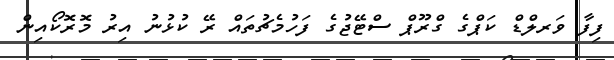
ފިފާ ވަރލްޑް ކަޕްގެ ގްރޫޕް ސްޓޭޖުގެ ފަހުމެޗުތައް ރޭ ކުޅުނު އިރު މޮރޮކޯއިން